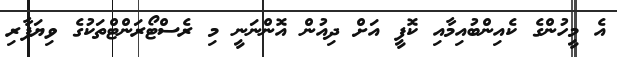
އެ މީހުންްގެ ކެއިންބުއިމާއި ކޮފީ އަށް ދިއުން އޮންނަނީ މި ރެސްޓޯރަންޓްތަކުގެ ވިޔަފާރި